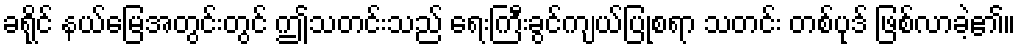
ခရိုင် နယ်မြေအတွင်းတွင် ဤသတင်းသည် ရေးကြီးခွင်ကျယ်ပြုစရာ သတင်း တစ်ပုဒ် ဖြစ်လာခဲ့၏။